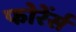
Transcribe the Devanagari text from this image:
फोरेंर्स